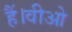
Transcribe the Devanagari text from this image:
हैं।वीओ